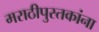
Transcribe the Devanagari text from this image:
मराठीपुस्तकांना